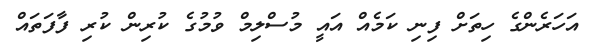
އަހަރެންގެ ހިތަށް ފިނި ކަމެއް އައީ މުސްލިމް ވުމުގެ ކުރިން ކުރި ފާފަތައް